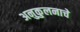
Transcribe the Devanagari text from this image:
अनुकुलनाचे